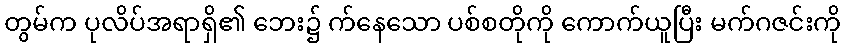
တွမ်က ပုလိပ်အရာရှိ၏ ဘေး၌ က်နေသော ပစ်စတိုကို ကောက်ယူပြီး မက်ဂဇင်းကို